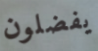
يفضلون